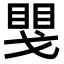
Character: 𢧮